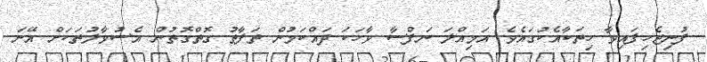
ފުނިޖެހިފައިވާ ހިތަކާއެކުގައެވެ. އަމިއްލަ ނަފްސާ ވާހަކަ ދައްކަމުން ތަފާތު ގޮތްގޮތުން އެސުވާލުތަކަށް އޭނަ